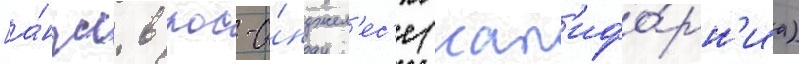
[а́нгл. в лос-а́нджел'ес'е (кал'ифо́рн'иа)